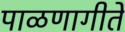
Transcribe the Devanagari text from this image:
पाळणागीते